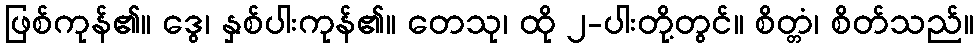
ဖြစ်ကုန်၏။ ဒွေ၊ နှစ်ပါးကုန်၏။ တေသု၊ ထို ၂-ပါးတို့တွင်။ စိတ္တံ၊ စိတ်သည်။